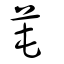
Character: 芚